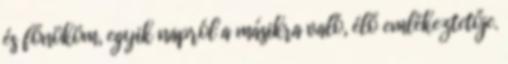
és főnököm, egyik napról a másikra való, élő emlékeztetője.